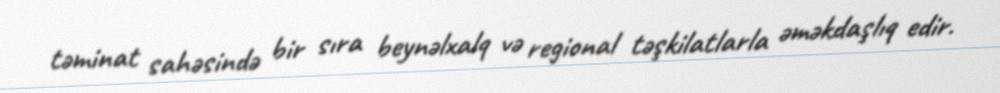
təminat sahəsində bir sıra beynəlxalq və regional təşkilatlarla əməkdaşlıq edir.